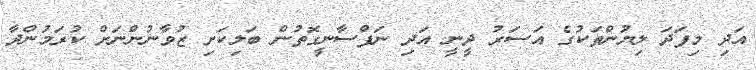
އަދި މިފަދަ ލިޔުންތަކުގެ އަސަރު ދީނީ އަދި ނަފްސާނީގޮތުން ބަލިކަށި ޒުވާނުންނަށް ކުރަމުންދާ